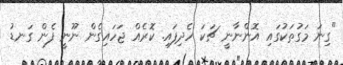
"ގިނަ މަގުތަކުގައި އޮންނާނީ ޗަކަ ހެދިފައި. ކޮރެއް ޖަހައިގެން ނޫނީ ފެން ގަނޑު